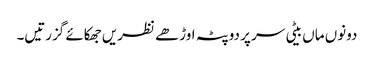
دونوں ماں بیٹی سر پر دوپٹہ اوڑھے نظریں جھکائے گزرتیں۔